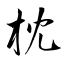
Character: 枕